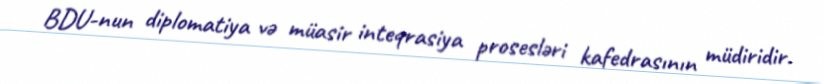
BDU-nun diplomatiya və müasir inteqrasiya prosesləri kafedrasının müdiridir.